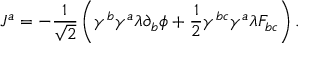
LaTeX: J ^ { a } = - \frac { 1 } { \sqrt { 2 } } \left( \gamma ^ { b } \gamma ^ { a } \lambda \partial _ { b } \phi + \frac { 1 } { 2 } \gamma ^ { b c } \gamma ^ { a } \lambda F _ { b c } \right) .